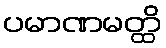
ပမာဏမတ္ထိ